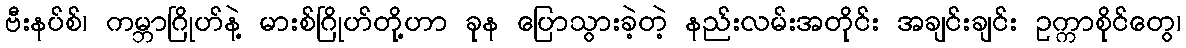
ဗီးနပ်စ်၊ ကမ္ဘာဂြိုဟ်နဲ့ မားစ်ဂြိုဟ်တို့ဟာ ခုန ပြောသွားခဲ့တဲ့ နည်းလမ်းအတိုင်း အချင်းချင်း ဥက္ကာစိုင်တွေ၊